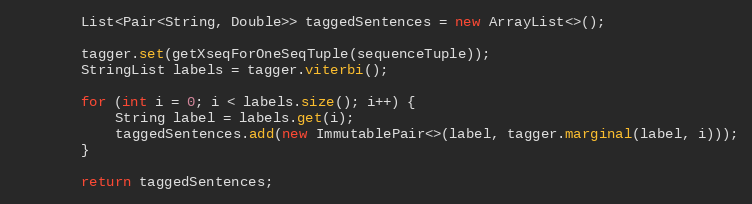
Language: Java
        List<Pair<String, Double>> taggedSentences = new ArrayList<>();

        tagger.set(getXseqForOneSeqTuple(sequenceTuple));
        StringList labels = tagger.viterbi();

        for (int i = 0; i < labels.size(); i++) {
            String label = labels.get(i);
            taggedSentences.add(new ImmutablePair<>(label, tagger.marginal(label, i)));
        }

        return taggedSentences;